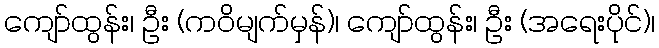
ကျော်ထွန်း၊ ဦး (ကဝိမျက်မှန်)၊ ကျော်ထွန်း၊ ဦး (အရေးပိုင်)၊